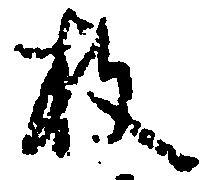
枚